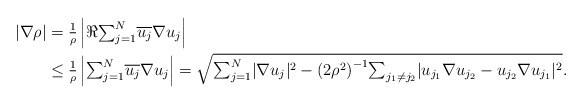
\begin{align*}|\nabla \rho| ={}& \tfrac1{\rho} \left|\Re {\textstyle \sum_{j=1}^N} \overline{u_j}\nabla u_j \right|\\\le{}& \tfrac1{\rho} \left| {\textstyle \sum_{j=1}^N} \overline{u_j}\nabla u_j \right|= \sqrt{ {\textstyle \sum_{j=1}^N}|\nabla u_j|^2 - {(2\rho^2)}^{-1} {\textstyle \sum_{j_1\neq j_2}}|u_{j_1} \nabla u_{j_2} - u_{j_2} \nabla u_{j_1}|^2}.\end{align*}